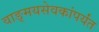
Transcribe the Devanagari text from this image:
वाङ्मयसेवकांपर्यंत